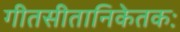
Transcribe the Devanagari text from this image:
गीतसीतानिकेतकः